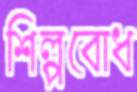
শিল্পবোধ